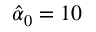
\hat { \alpha } _ { 0 } = 1 0